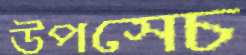
উপসেচ